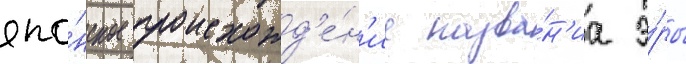
япо́нское происхожд'е́н'ие назва́н'иа э́ры